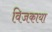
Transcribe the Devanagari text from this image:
विजकाया